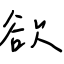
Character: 欲